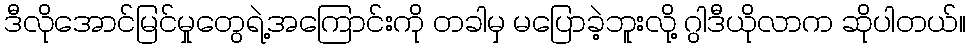
ဒီလိုအောင်မြင်မှုတွေရဲ့အကြောင်းကို တခါမှ မပြောခဲ့ဘူးလို့ ဂွါဒီယိုလာက ဆိုပါတယ်။